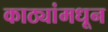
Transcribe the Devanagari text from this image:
काठ्यांमधून